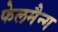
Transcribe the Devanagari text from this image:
फेलमैन्ग